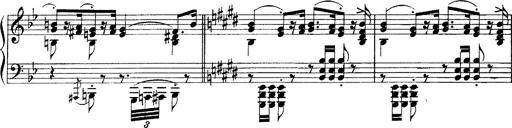
Title: Scherzo und Marsch
Composer: Franz Liszt